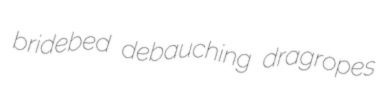
bridebed debauching dragropes